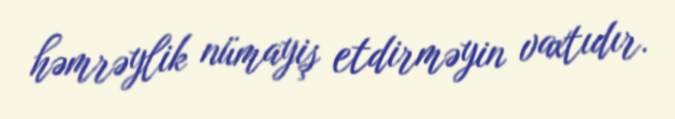
həmrəylik nümayiş etdirməyin vaxtıdır.